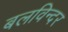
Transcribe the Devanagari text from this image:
बलविन्दर